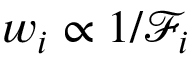
w _ { i } \propto 1 / \mathcal { F } _ { i }